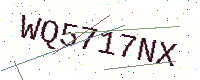
Text: WQ5717NX